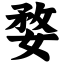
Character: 婺